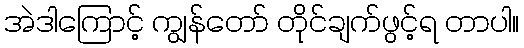
အဲဒါကြောင့် ကျွန်တော် တိုင်ချက်ဖွင့်ရ တာပါ။